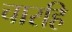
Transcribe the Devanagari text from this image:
चारहि